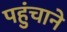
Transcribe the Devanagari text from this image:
पहुुंचाने